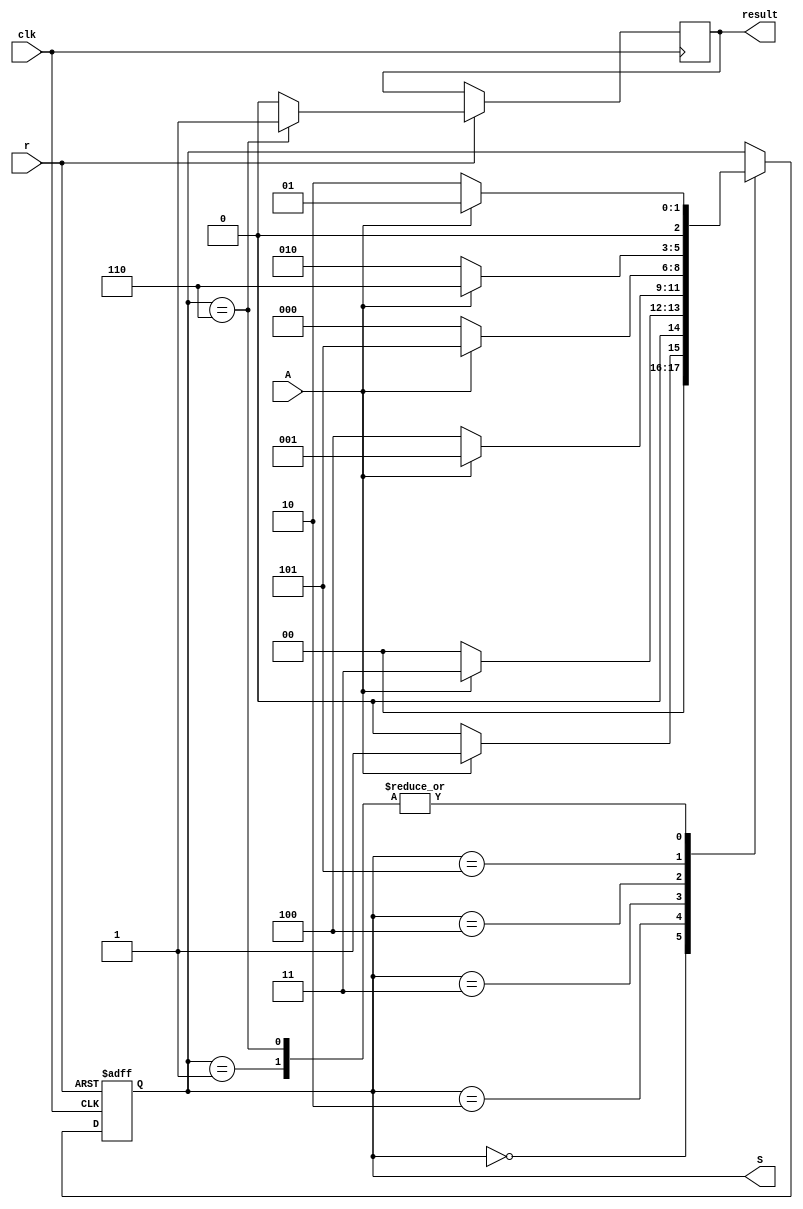
module FSM(A,r,clk,S,result);
	input wire A,r,clk;
	output reg [2:0]S;
	output reg result;
	always@(negedge r or posedge clk)
	begin
		if(r==0) S<=3'b000;
		else
		begin
			case(S)
			3'b000:	S<=(A==1)?3'b001:3'b000;	//start	A	start
			3'b001:	S<=(A==1)?3'b001:3'b010;	//A		A	B
			3'b010:	S<=(A==1)?3'b011:3'b000;	//B		C	start
			3'b011: S<=(A==1)?3'b001:3'b100;	//C		A	D
			3'b100: S<=(A==1)?3'b101:3'b000;	//D		E	start
			3'b101: S<=(A==1)?3'b110:3'b010;	//E		F	B
			3'b110:	S<=(A==1)?3'b001:3'b010;	//F		A	B
			endcase
			result<=(S==3'b110)?1:0;
		end
	end
endmodule